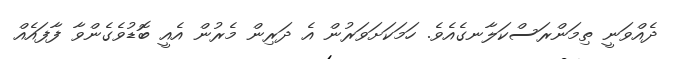
ދެއްވަނީ ތިމަންރަސްކަލާނގެއެވެ. ހަމަކަށަވަރުން އެ ދަރިން މެރުން އެއީ ބޮޑުވެގެންވާ ފާފައެއް